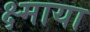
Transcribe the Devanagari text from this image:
क्ष्माया